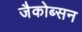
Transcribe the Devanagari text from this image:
जैकोब्सन